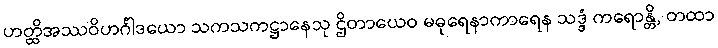
ဟတ္ထိအဿဝိဟင်္ဂါဒယော သကသကဋ္ဌာနေသု ဌိတာယေဝ မဓုရေနာကာရေန သဒ္ဒံ ကရောန္တိ, တထာ